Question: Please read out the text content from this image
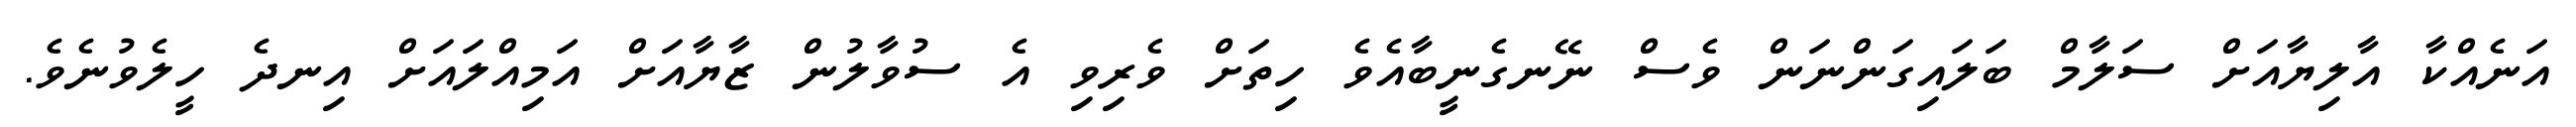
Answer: އަނެއްކާ އާލިޔާއަށް ސަލާމް ބަލައިގަންނަން ވެސް ނޭނގެނީބާއެވެ ހިތަށް ވެރިވި އެ ސުވާލުން ޒާޔާއަށް އަމިއްލައަށް އިނދެ ހީލެވުނެވެ.